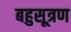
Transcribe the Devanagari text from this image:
बहुसूत्रण